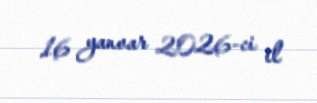
16 yanvar 2026-ci il